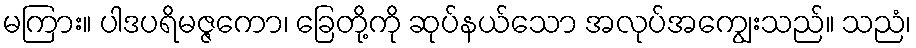
မကြား။ ပါဒပရိမဇ္ဇကော၊ ခြေတို့ကို ဆုပ်နယ်သော အလုပ်အကျွေးသည်။ သညံ၊